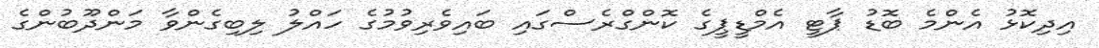
އިދިކޮޅު އެންމެ ބޮޑު ޕާޓީ އެމްޑީޕީގެ ކޮންގްރެސްގައި ބައިވެރިވުމުގެ ހައްލު ލިބިގެންވާ މަންދޫބުންގެ